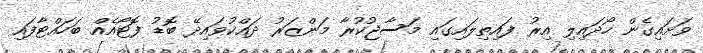
ވަށައިގެން ހޯދައިލި އިރު ފައިތިލައިގައި މަސާޖުކުރާ މަންޒަރު ދައްކުވައިދޭ ބޮޑު ފޮޓޯއެއް ބަހައްޓާފައި